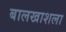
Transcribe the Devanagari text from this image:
बालखाशला